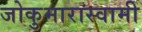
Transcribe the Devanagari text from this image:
जोकुमारास्वामी